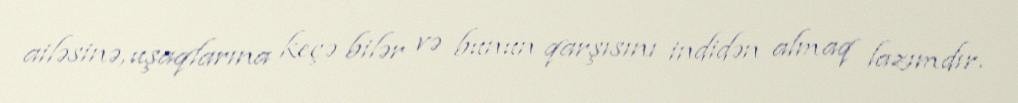
ailəsinə, uşaqlarına keçə bilər və bunun qarşısını indidən almaq lazımdır.